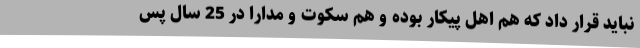
نباید قرار داد که هم اهل پیکار بوده و هم سکوت و مدارا در 25 سال پس